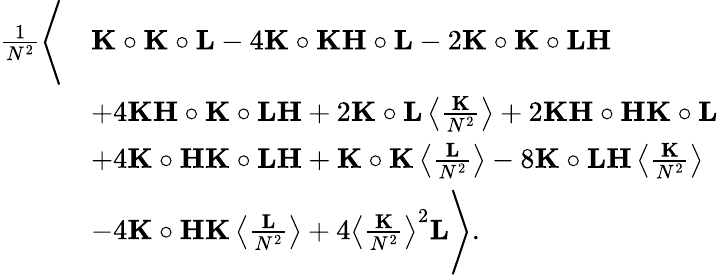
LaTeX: \begin{array}{rl}{\frac{1}{N^{2}}\Bigg\langle}&{\mathbf K\circ\mathbf K\circ\mathbf L-4\mathbf K\circ\mathbf K\mathbf H\circ\mathbf L-2\mathbf K\circ\mathbf K\circ\mathbf L\mathbf H}\\ &{+4\mathbf K\mathbf H\circ\mathbf K\circ\mathbf L\mathbf H+2\mathbf K\circ\mathbf L\left\langle\frac{\mathbf K}{N^{2}}\right\rangle+2\mathbf K\mathbf H\circ\mathbf H\mathbf K\circ\mathbf L}\\ &{+4\mathbf K\circ\mathbf H\mathbf K\circ\mathbf L\mathbf H+\mathbf K\circ\mathbf K\left\langle\frac{\mathbf L}{N^{2}}\right\rangle-8\mathbf K\circ\mathbf L\mathbf H\left\langle\frac{\mathbf K}{N^{2}}\right\rangle}\\ &{-4\mathbf K\circ\mathbf H\mathbf K\left\langle\frac{\mathbf L}{N^{2}}\right\rangle+4\left\langle\frac{\mathbf K}{N^{2}}\right\rangle^{2}\mathbf L\Bigg\rangle.}\end{array}